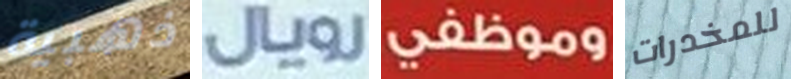
ذهبية رويال وموظفي للمخدرات